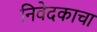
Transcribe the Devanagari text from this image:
निवेदकाचा